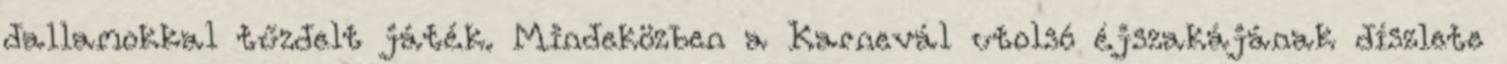
dallamokkal tűzdelt játék. Mindeközben a Karnevál utolsó éjszakájának díszlete